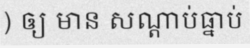
) ឲ្យ មាន សណ្តាប់ធ្នាប់